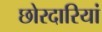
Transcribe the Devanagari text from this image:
छोरदारियां